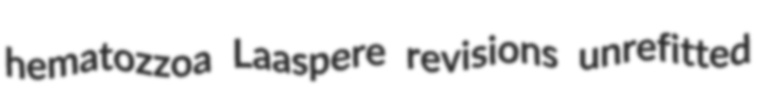
hematozzoa Laaspere revisions unrefitted